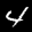
Label: 4